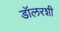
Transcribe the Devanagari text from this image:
डॉलरशी